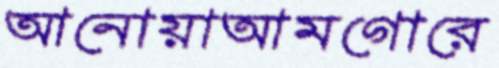
আনোয়াআমগোরে